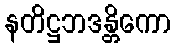
နတိဋ္ဌဘဒန္တိကော